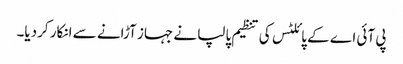
پی آئی اے کے پائلٹس کی تنظیم پالپا نے جہاز آڑانے سے انکار کردیا۔